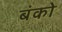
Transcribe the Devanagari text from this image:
बंको